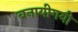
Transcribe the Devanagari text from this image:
बनायीगयी